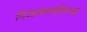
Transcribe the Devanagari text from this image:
निजामशाहीतच्या